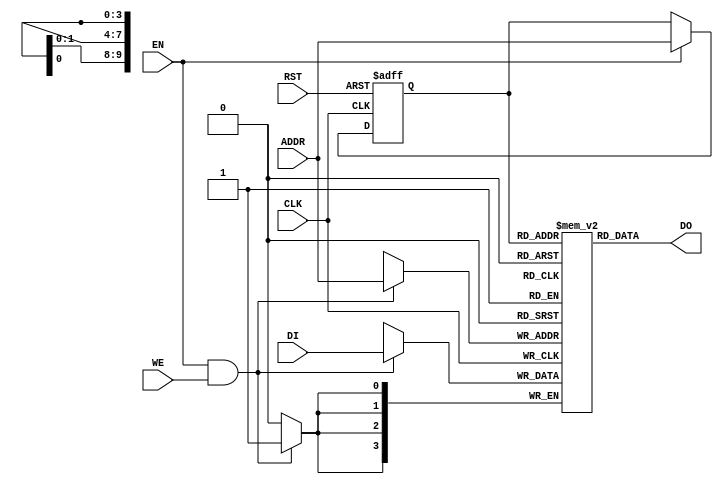
module RAMB4_S4 (
    CLK,
    RST,
    ADDR,
    DI,
    EN,
    WE,
    DO,
);
parameter dw = 4;
parameter aw = 10;
input CLK, RST, EN, WE;
input [dw-1:0] DI;
output [dw-1:0] DO;
input [aw-1:0] ADDR;
reg	[dw-1:0]	mem [(1<<aw)-1:0];	
reg	[aw-1:0]	addr_reg;		
assign DO = mem[addr_reg][dw-1:0];
always @(posedge CLK or posedge RST)
    if ( RST == 1'b1 )
        addr_reg <= #1 {aw{1'b0}};
    else if ( EN )
        addr_reg <= #1 ADDR;
always @(posedge CLK)
	if (EN && WE)
		mem[ADDR] <= #1 DI;
endmodule